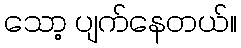
သော့ ပျက်နေတယ်။